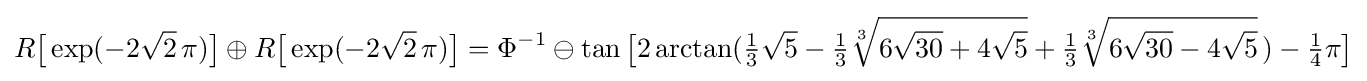
R{\bigl [}\exp(-2{\sqrt {2}}\,\pi ){\bigr ]}\oplus R{\bigl [}\exp(-2{\sqrt {2}}\,\pi ){\bigr ]}=\Phi ^{-1}\ominus \tan {\bigl [}2\arctan({\tfrac {1}{3}}{\sqrt {5}}-{\tfrac {1}{3}}{\sqrt[{3}]{6{\sqrt {30}}+4{\sqrt {5}}}}+{\tfrac {1}{3}}{\sqrt[{3}]{6{\sqrt {30}}-4{\sqrt {5}}}}\,)-{\tfrac {1}{4}}\pi {\bigr ]}